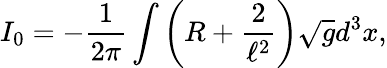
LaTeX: I_{0}=-\frac{1}{2\pi}\int\left(R+\frac{2}{\ell^{2}}\right)\sqrt{g}d^{3}x,